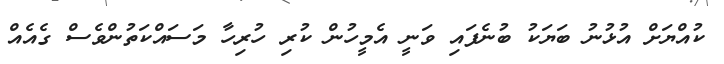
ކުއްޔަށް އުޅުނު ބަޔަކު ބުނެފައި ވަނީ އެމީހުން ކުރި ހުރިހާ މަސައްކަތުންވެސް ގެއެއް